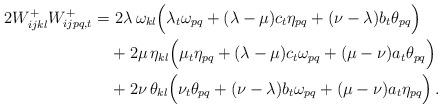
LaTeX: \begin{align*}2W^{+}_{ijkl}W^{+}_{ijpq,t} =&\,\, 2\lambda\, \omega_{kl}\Big(\lambda_{t}\omega_{pq}+(\lambda-\mu)c_{t}\eta_{pq}+(\nu-\lambda)b_{t}\theta_{pq}\Big)\\&+2\mu\,\eta_{kl}\Big(\mu_{t}\eta_{pq}+(\lambda-\mu)c_{t}\omega_{pq}+(\mu-\nu)a_{t}\theta_{pq}\Big)\\&+2\nu\,\theta_{kl}\Big(\nu_{t}\theta_{pq}+(\nu-\lambda)b_{t}\omega_{pq}+(\mu-\nu)a_{t}\eta_{pq}\Big)\,.\end{align*}